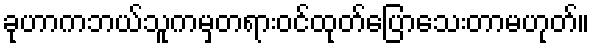
ခုဟာကဘယ်သူကမှတရားဝင်ထုတ်ပြောသေးတာမဟုတ်။